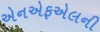
એનએફએલની